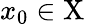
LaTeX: x_{0}\in\mathrm{X}